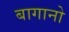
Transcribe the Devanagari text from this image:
बागानो